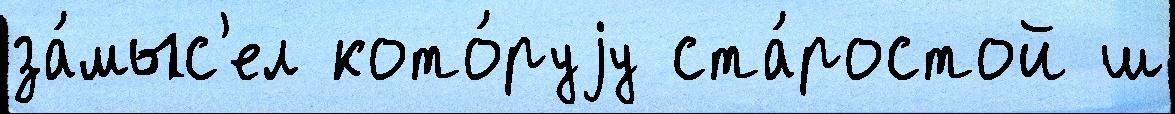
за́мыс'ел кото́руjу ста́ростой ш